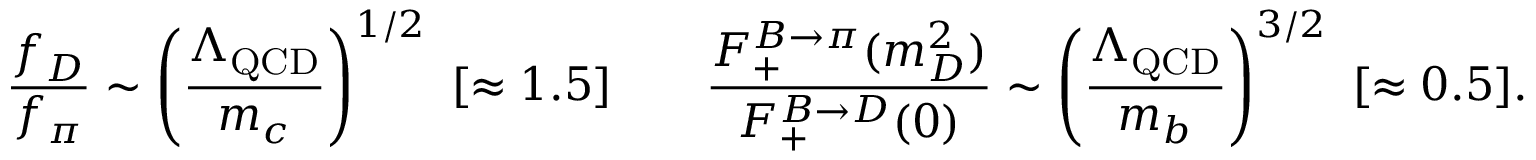
\frac { f _ { D } } { f _ { \pi } } \sim \left( \frac { \Lambda _ { \mathrm { Q C D } } } { m _ { c } } \right) ^ { 1 / 2 } \, \, [ \approx 1 . 5 ] \qquad \frac { F _ { + } ^ { B \to \pi } ( m _ { D } ^ { 2 } ) } { F _ { + } ^ { B \to D } ( 0 ) } \sim \left( \frac { \Lambda _ { \mathrm { Q C D } } } { m _ { b } } \right) ^ { 3 / 2 } \, \, [ \approx 0 . 5 ] .